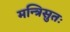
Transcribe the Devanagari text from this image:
मन्त्रिसुतः